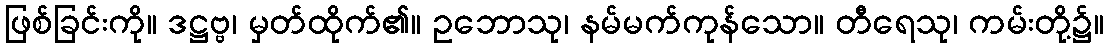
ဖြစ်ခြင်းကို။ ဒဋ္ဌဗ္ဗ၊ မှတ်ထိုက်၏။ ဥဘောသု၊ နမ်မက်ကုန်သော။ တီရေသု၊ ကမ်းတို့၌။